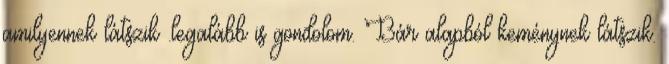
amilyennek látszik .legalább is gondolom. Bár alapból keménynek látszik.